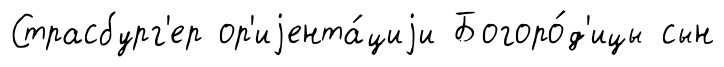
Страсбург'ер ор'иjента́циjи Богоро́д'ицы сын